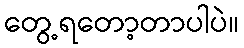
တွေ့ရတော့တာပါပဲ။